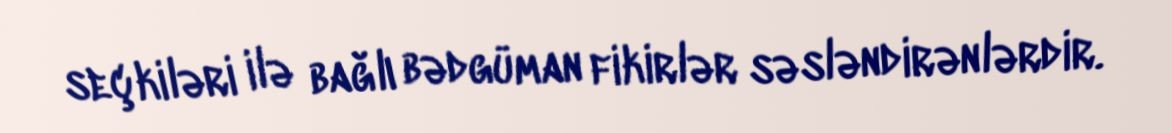
seçkiləri ilə bağlı bədgüman fikirlər səsləndirənlərdir.